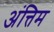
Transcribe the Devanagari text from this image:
अंत्तिम